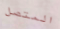
المتصل